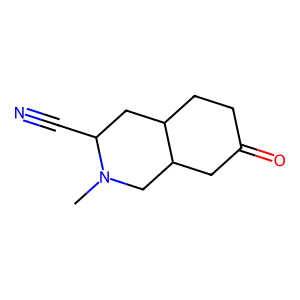
SMILES: CN1CC2CC(=O)CCC2CC1C#N
Inhibits HIV replication: No